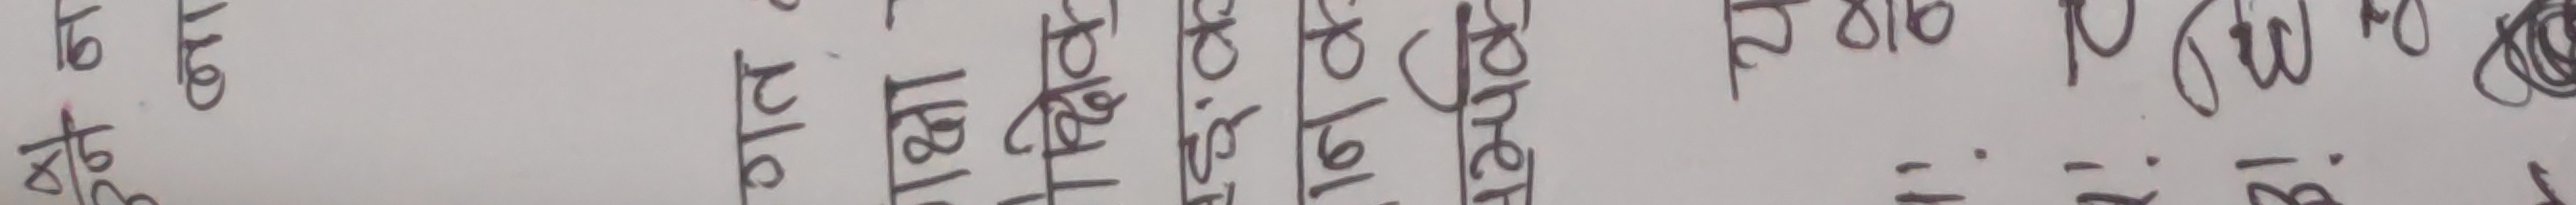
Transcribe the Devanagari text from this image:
२/७ ८१७  : २/७ को